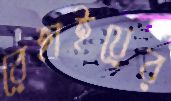
রেহাইয়ের